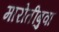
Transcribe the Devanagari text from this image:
मारोतीबुवा